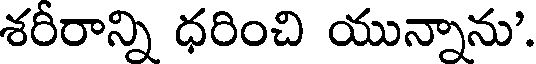
శరీరాన్ని ధరించి యున్నాను'.